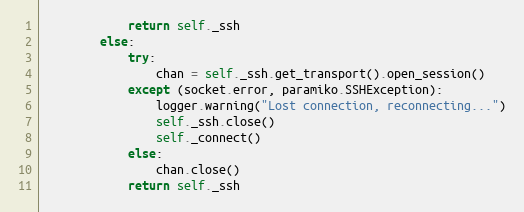
Language: Python
            return self._ssh
        else:
            try:
                chan = self._ssh.get_transport().open_session()
            except (socket.error, paramiko.SSHException):
                logger.warning("Lost connection, reconnecting...")
                self._ssh.close()
                self._connect()
            else:
                chan.close()
            return self._ssh